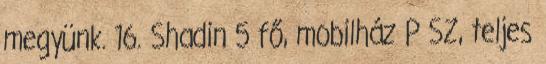
megyünk. 16. Shadin 5 fő, mobilház P SZ, teljes